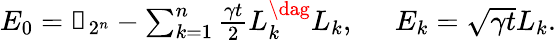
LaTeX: \begin{array}{r}{E_{0}=\mathbb{1}_{2^{n}}-\sum_{k=1}^{n}\frac{\gamma t}{2}L_{k}^{\dag}L_{k},\; \; \; \; \; E_{k}=\sqrt{\gamma t}L_{k}.}\end{array}